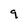
Character: 9